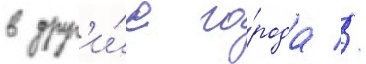
в друг'и́е го́рода //